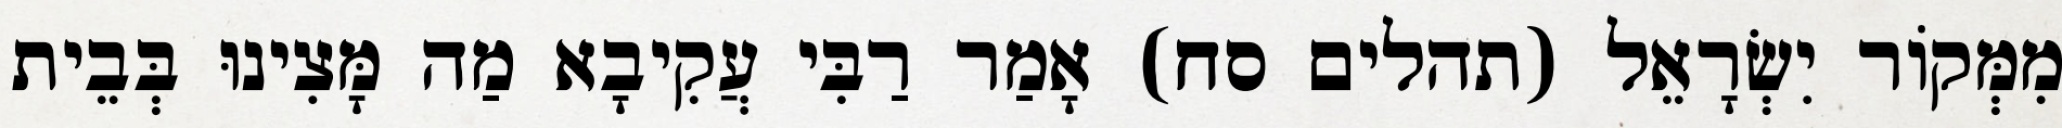
מִמְּקוֹר יִשְׂרָאֵל (תהלים סח) אָמַר רַבִּי עֲקִיבָא מַה מָּצִינוּ בְּבֵית